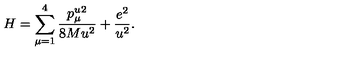
H = \sum _ { \mu = 1 } ^ { 4 } \frac { p _ { \mu } ^ { u } { } ^ { 2 } } { 8 M u ^ { 2 } } + \frac { e ^ { 2 } } { u ^ { 2 } } .